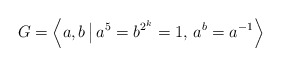
\begin{align*}G = \left\langle a, b\, \big\vert\, a^5 = b^{2^k} = 1,\, a^b = a^{-1}\right\rangle \end{align*}